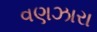
વણઝારા